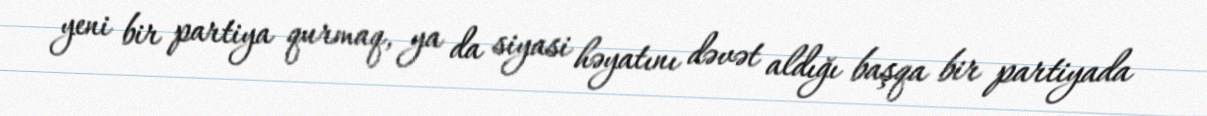
yeni bir partiya qurmaq, ya da siyasi həyatını dəvət aldığı başqa bir partiyada